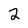
Character: 2